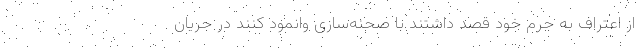
از اعتراف به جرم خود قصد داشتند با صحنه‌سازی وانمود کنند در جریان